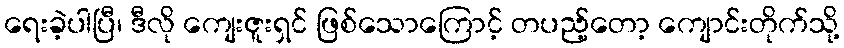
ရေးခဲ့ပါပြီ၊ ဒီလို ကျေးဇူးရှင် ဖြစ်သောကြောင့် တပည့်တော့ ကျောင်းတိုက်သို့